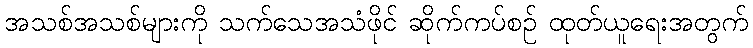
အသစ်အသစ်များကို သက်သေအသံဖိုင် ဆိုက်ကပ်စဉ် ထုတ်ယူရေးအတွက်